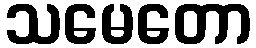
သမေတော